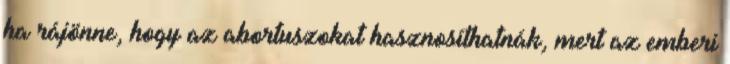
ha rájönne, hogy az abortuszokat hasznosíthatnák, mert az emberi